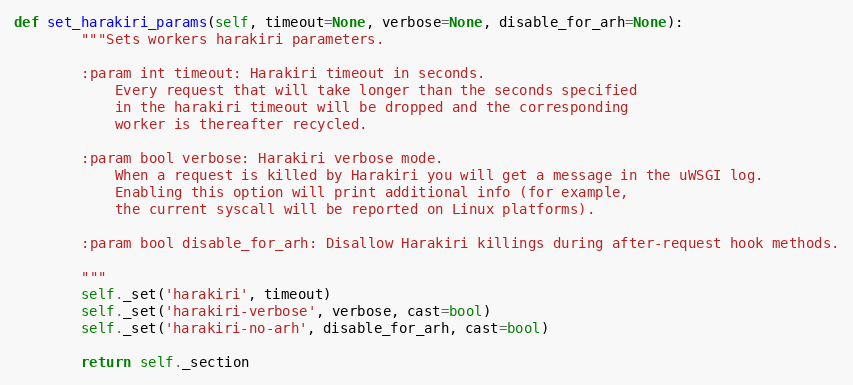
Language: Python
def set_harakiri_params(self, timeout=None, verbose=None, disable_for_arh=None):
        """Sets workers harakiri parameters.

        :param int timeout: Harakiri timeout in seconds.
            Every request that will take longer than the seconds specified
            in the harakiri timeout will be dropped and the corresponding
            worker is thereafter recycled.

        :param bool verbose: Harakiri verbose mode.
            When a request is killed by Harakiri you will get a message in the uWSGI log.
            Enabling this option will print additional info (for example,
            the current syscall will be reported on Linux platforms).

        :param bool disable_for_arh: Disallow Harakiri killings during after-request hook methods.

        """
        self._set('harakiri', timeout)
        self._set('harakiri-verbose', verbose, cast=bool)
        self._set('harakiri-no-arh', disable_for_arh, cast=bool)

        return self._section